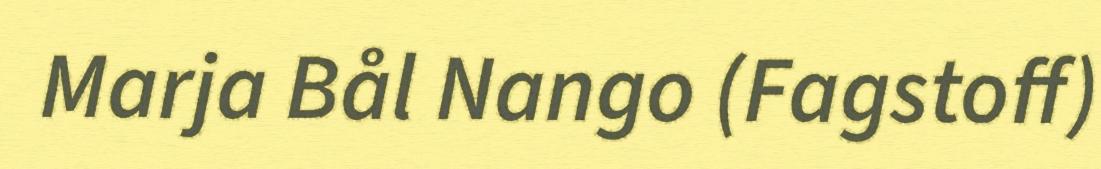
Marja Bål Nango (Fagstoff)